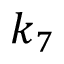
k _ { 7 }